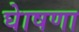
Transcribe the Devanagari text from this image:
घेाषणा